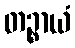
တဉ္စာယံ